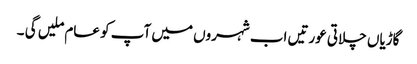
گاڑیاں چلاتی عورتیں اب شہروں میں آپ کو عام ملیں گی ۔